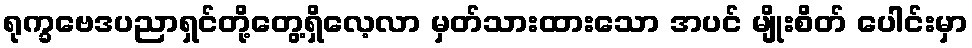
ရုက္ခဗေဒပညာရှင်တို့တွေ့ရှိလေ့လာ မှတ်သားထားသော အပင် မျိုးစိတ် ပေါင်းမှာ